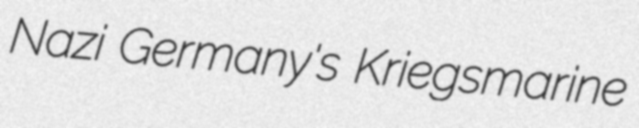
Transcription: Nazi Germany's Kriegsmarine